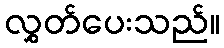
လွှတ်ပေးသည်။